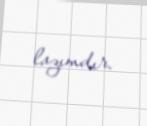
lazımdır.